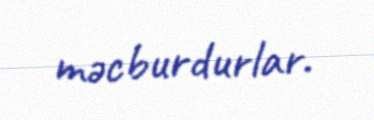
məcburdurlar.